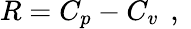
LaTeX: R=C_{p}-C_{v}\, \mathrm{~,~}